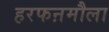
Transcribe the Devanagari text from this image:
हरफऩमौला